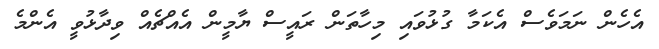
އެހެން ނަމަވެސް އެކަމާ ގުޅުވައި މިހާތަން ރައީސް ޔާމީން އެއްޗެއް ވިދާޅުވީ އެންމެ